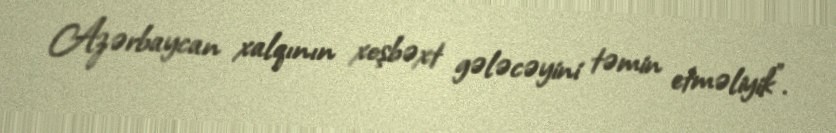
Azərbaycan xalqının xoşbəxt gələcəyini təmin etməliyik”.